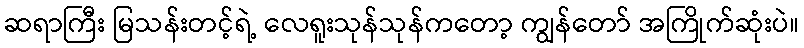
ဆရာကြီး မြသန်းတင့်ရဲ့ လေရူးသုန်သုန်ကတော့ ကျွန်တော် အကြိုက်ဆုံးပဲ။